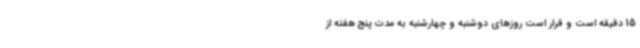
15 دقیقه است و قرار است روزهای دوشنبه و چهارشنبه به مدت پنج هفته از